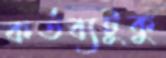
কর্তব্যটুকু